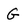
Character: G